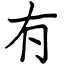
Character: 𠕇